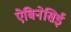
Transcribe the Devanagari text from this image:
ऐबिनेसिई